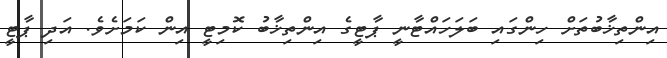
އިންތިޚާބުތަށް ހިންގައި ބަލަހައްޓާނީ ޕާޓީގެ އިންތިޚާބު ކޮމިޓީ އިން ކަމަށެވެ. އަދި ޕާޓީ